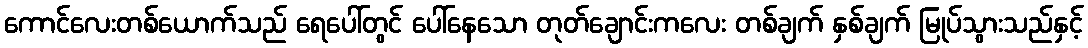
ကောင်လေးတစ်ယောက်သည် ရေပေါ်တွင် ပေါ်နေသော တုတ်ချောင်းကလေး တစ်ချက် နှစ်ချက် မြုပ်သွားသည်နှင့်